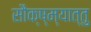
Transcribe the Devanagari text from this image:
सौक्ष्म्यात्तु